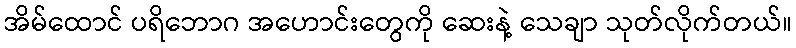
အိမ်ထောင် ပရိဘောဂ အဟောင်းတွေကို ဆေးနဲ့ သေချာ သုတ်လိုက်တယ်။